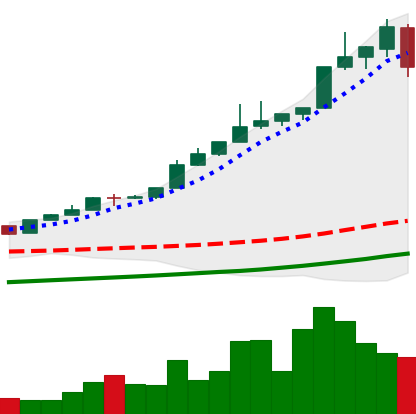
Ticker: BTC-USD
Chart end date: 2017-05-12
Forward return: 6.661%
Label: up_5_7